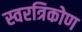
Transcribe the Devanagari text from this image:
स्वरत्रिकोण